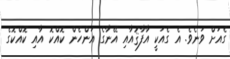
ގެއަށް ވަނެވެ. އެ ގެއަކީ އާފާޤުއާއި އޭނާގެ އަންހެން ކޮއްކޮ އާއި ކޮއްކޮގެ